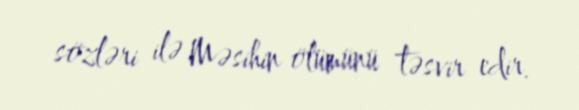
sözləri ilə Məsihin ölümünü təsvir edir.